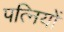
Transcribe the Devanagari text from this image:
पत्‍िनयों